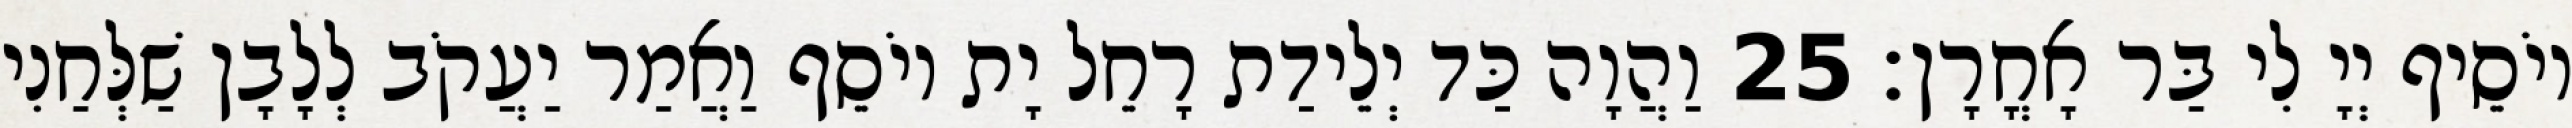
יוֹסֵיף יְיָ לִי בַּר אָחֳרָן׃ 25 וַהֲוָה כַּד יְלֵידַת רָחֵל יָת יוֹסֵף וַאֲמַר יַעֲקֹב לְלָבָן שַׁלְּחַנִי